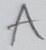
Text: A